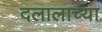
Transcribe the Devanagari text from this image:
दलालाच्या